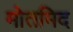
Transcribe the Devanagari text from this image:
मोतमिद